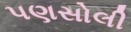
પણસોલી